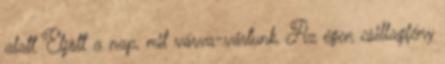
alatt Eljött a nap, mit várva-vártunk, Az égen csillagfény